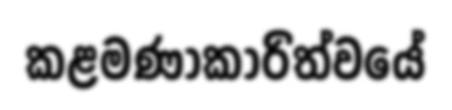
කළමණාකාරිත්වයේ